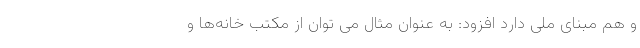
و هم مبنای ملی دارد افزود: به عنوان مثال می توان از مکتب خانه‌ها و